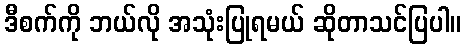
ဒီစက်ကို ဘယ်လို အသုံးပြုရမယ် ဆိုတာသင်ပြပါ။